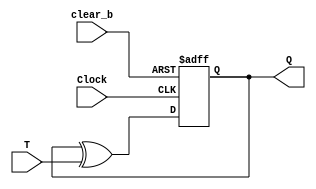
module tflipflop(T,clear_b,Clock,Q);
input T,clear_b,Clock;
output reg Q;


always@(posedge Clock,negedge clear_b)//active low asynchronous clear 
 
if (!clear_b)
begin
  Q<=0;
  end
else  
  begin
  Q<=Q^T;
  end
 
endmodule


module counter8bit(SW,KEY,HEX0,HEX1);
input [1:0]SW;
input [1:0]KEY;
output [7:0]HEX0;
output [7:0]HEX1;
wire enable,Clear_b,clock;
assign Clear_b=SW[0];
assign enable=SW[1];
assign clock=KEY[0];



wire [7:0]temp;
wire [7:0]count;

tflipflop myff1(.T(enable),.clear_b(Clear_b),.Clock(clock),.Q(count[0]));
assign temp[0]=enable&count[0];

tflipflop myff2(.T(temp[0]),.clear_b(Clear_b),.Clock(clock),.Q(count[1]));
assign temp[1]=temp[0]&count[1];

tflipflop myff3(.T(temp[1]),.clear_b(Clear_b),.Clock(clock),.Q(count[2]));
assign temp[2]=temp[1]&count[2];

tflipflop myff4(.T(temp[2]),.clear_b(Clear_b),.Clock(clock),.Q(count[3]));
assign temp[3]=temp[2]&count[3];

tflipflop myff5(.T(temp[3]),.clear_b(Clear_b),.Clock(clock),.Q(count[4]));
assign temp[4]=temp[3]&count[4];

tflipflop myff6(.T(temp[4]),.clear_b(Clear_b),.Clock(clock),.Q(count[5]));
assign temp[5]=temp[4]&count[5];

tflipflop myff7(.T(temp[5]),.clear_b(Clear_b),.Clock(clock),.Q(count[6]));
assign temp[6]=temp[5]&count[6];

tflipflop myff8(.T(temp[6]),.clear_b(Clear_b),.Clock(clock),.Q(count[7]));
decoder my (.c0(count[0]),.c1(count[1]),.c2(count[2]),.c3(count[3]),.LED0(HEX0[0]),.LED1(HEX0[1]),.LED2(HEX0[2]),.LED3(HEX0[3]),.LED4(HEX0[4]),.LED5(HEX0[5]),.LED6(HEX0[6]));
decoder my2 (.c0(count[4]),.c1(count[5]),.c2(count[6]),.c3(count[7]),.LED0(HEX1[0]),.LED1(HEX1[1]),.LED2(HEX1[2]),.LED3(HEX1[3]),.LED4(HEX1[4]),.LED5(HEX1[5]),.LED6(HEX1[6]));

endmodule

module decoder(input c0,c1,c2,c3,output LED0,LED1,LED2,LED3,LED4,LED5,LED6);
assign LED0=(~c3&~c2&~c1&c0)|(~c3&c2&~c1&~c0)|(c3&~c2&c1&c0)|(c3&c2&~c1&c0);
assign LED1=(~c3&c2&~c1&c0)|(~c3&c2&c1&~c0)|(c3&~c2&c1&c0)|(c3&c2&~c1&~c0)|(c3&c2&c1&~c0)|(c3&c2&c1&c0);
assign LED2=(~c3&~c2&c1&~c0)|(c3&c2&~c1&~c0)|(c3&c2&c1&~c0)|(c3&c2&c1&c0);
assign LED3=(~c3&~c2&~c1&c0)|(~c3&c2&~c1&~c0)|(~c3&c2&c1&c0)|(c3&~c2&c1&~c0)|(c3&c2&c1&c0);
assign LED4=(~c3&~c2&~c1&c0)|(~c3&~c2&c1&c0)|(~c3&c2&~c1&~c0)|(~c3&c2&~c1&c0)|(~c3&c2&c1&c0)|(c3&~c2&~c1&c0);
assign LED5=(~c3&~c2&~c1&c0)|(~c3&~c2&c1&~c0)|(~c3&~c2&c1&c0)|(~c3&c2&c1&c0)|(c3&~c2&c1&c0)|(c3&c2&~c1&c0);
assign LED6=(~c3&~c2&~c1&c0)|(~c3&c2&c1&c0)|(c3&~c2&c1&c0)|(c3&c2&~c1&~c0)|(~c3&~c2&~c1&~c0);
endmodule